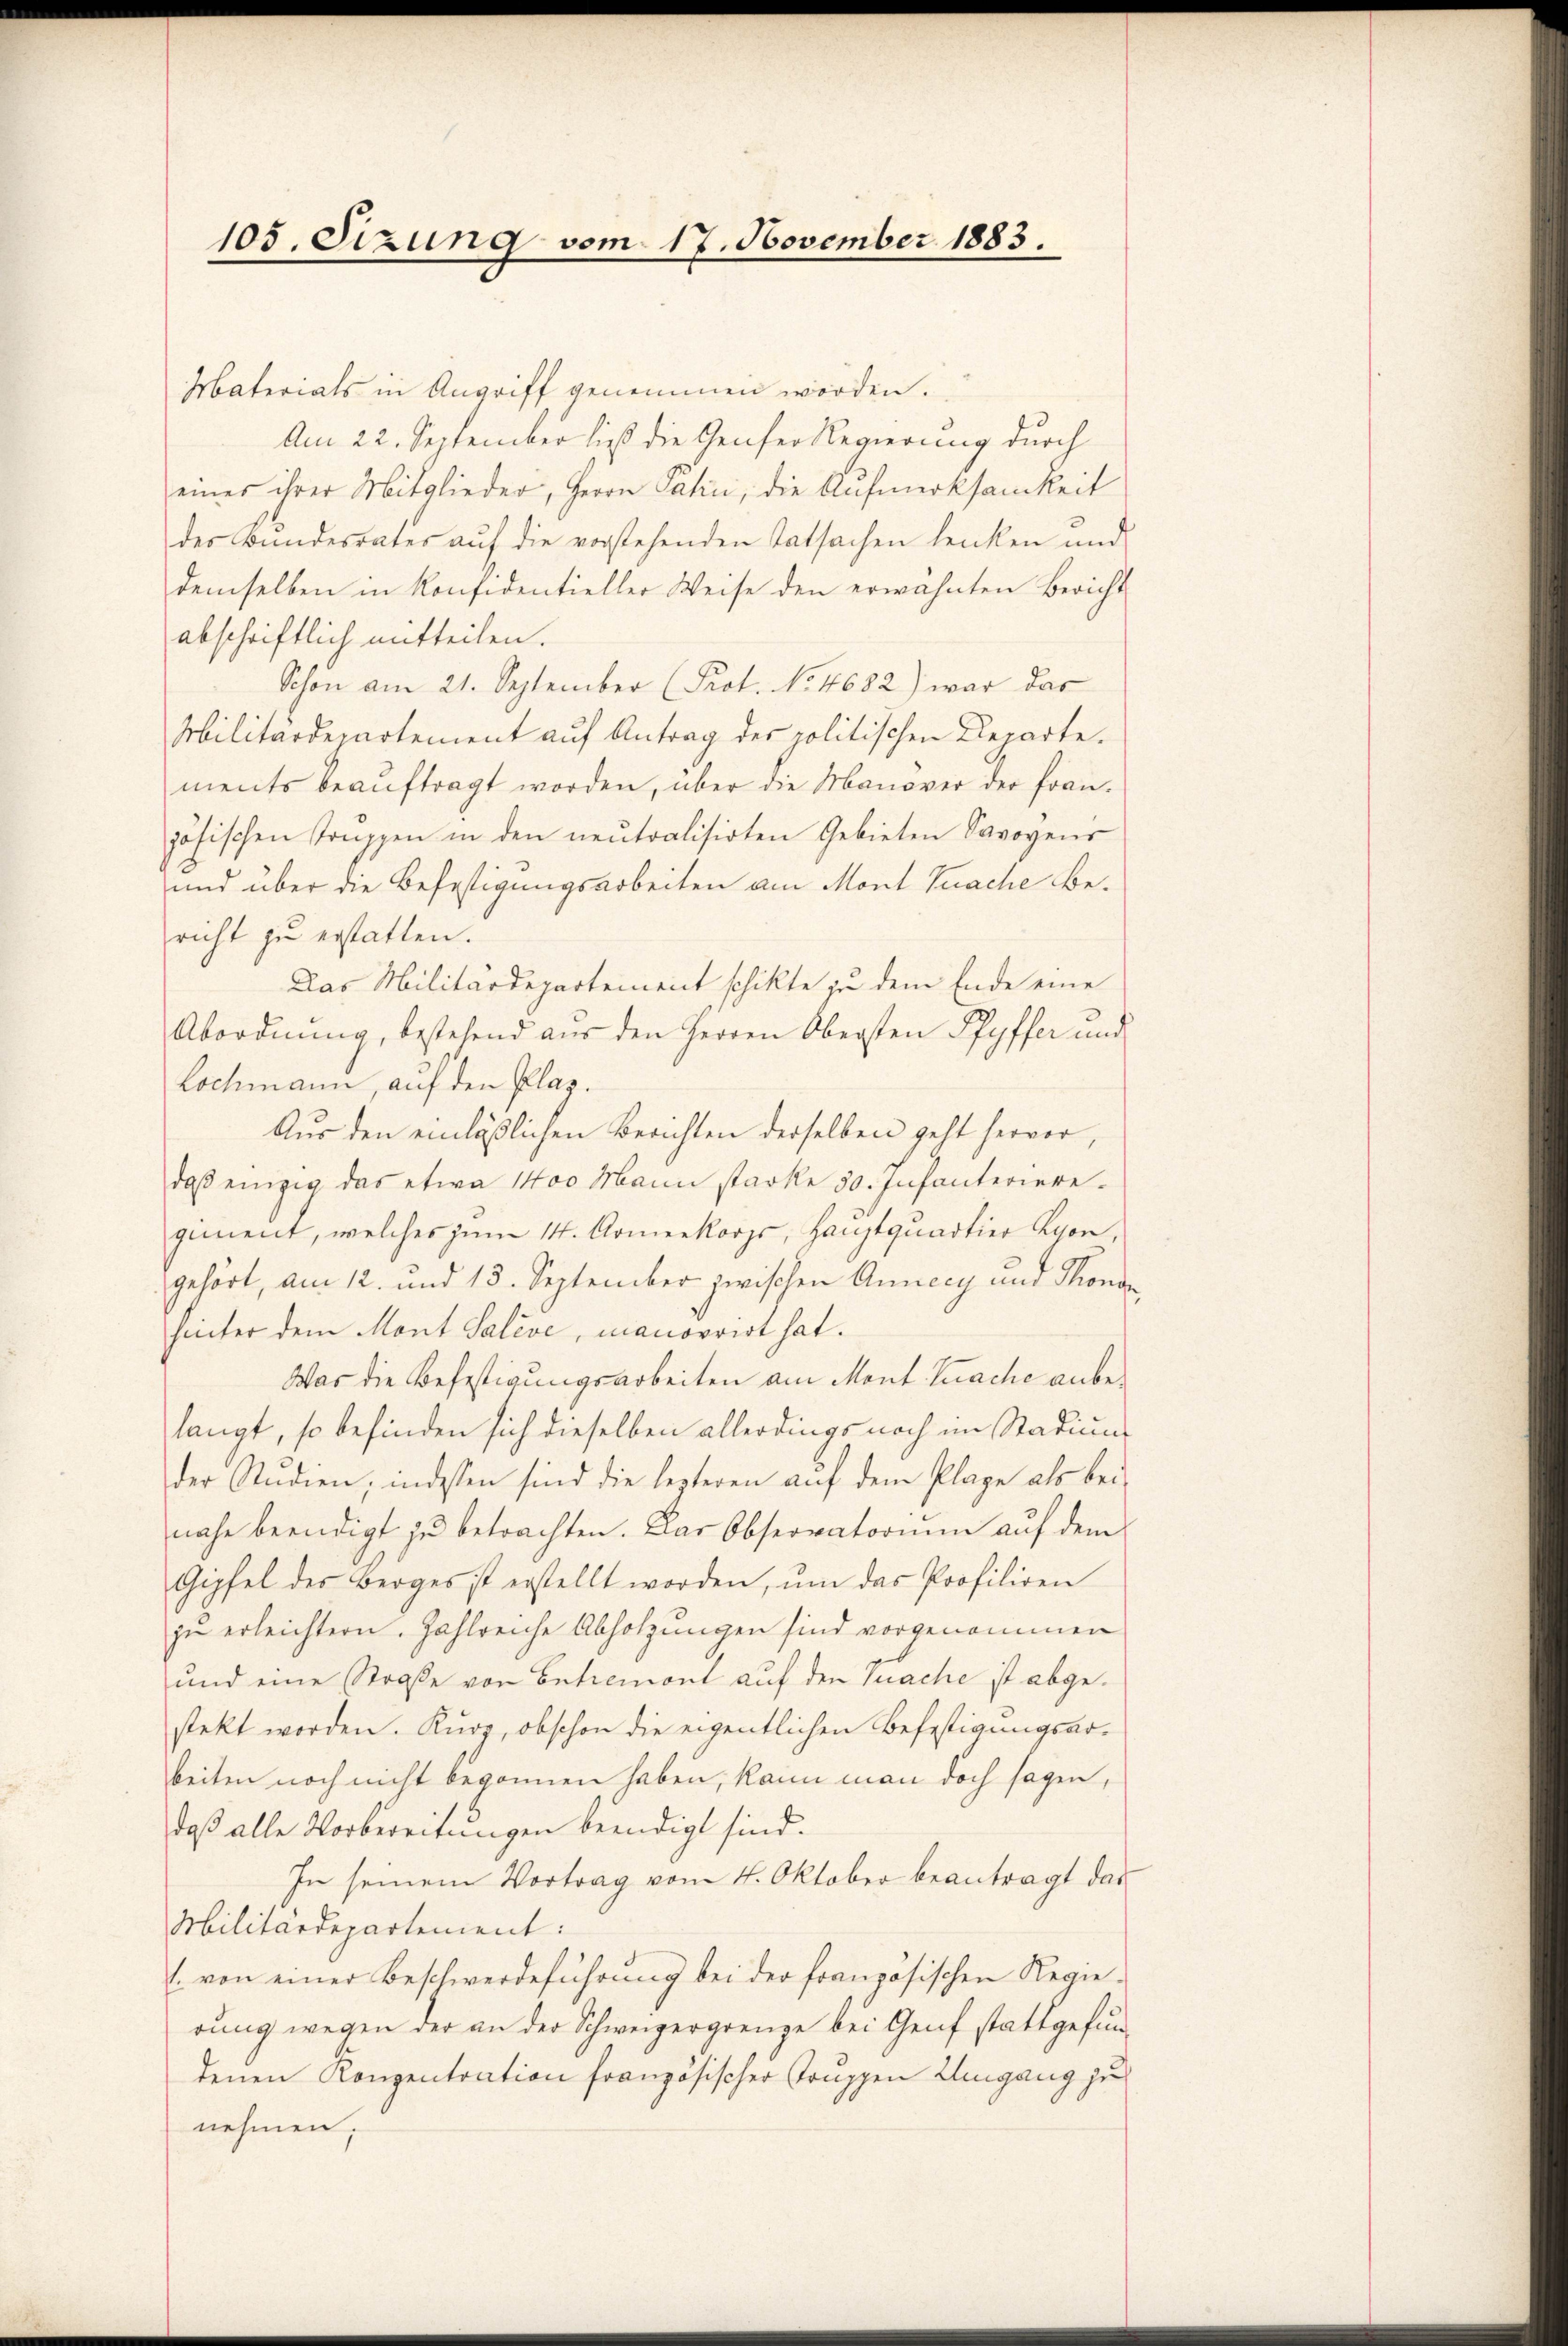
105. Sizung vom 17. November 1883.

Materials in Angriff genommen worden.
Am 22. Sectember ließ die Genfer Regierung durch
eines ihrer Mitglieder, Herrn Jahni, die Aufmerksamkeit
des Bundesrates aŭf die vorstehenden Tatsachen lenken und
demselben in Konfidentieller Weise den erwähnten Bericht
abschriftlich mitteilen.
Schon am 21. September (Prot. No 4682) war das
Militärdepartement auf Antrag der politischen Departe.
ments beaŭftragt worden, über die Manover der fran-
jösischen Truppen in den neutralisirten Gebieten Savoyens
und über die Befestigungsarbeiten am Mont Kuache Bericht zu erstatten.
Das Militärdepartement schikte zu dem Ende eine
Abordnung, bestehend aus den Herren Obersten Pfyffer und
Lochmann, auf den Plaz.
Aus den einläßlichen Berichten derselben geht hervor,
daβ einzig das etwa 1400 Mann starke 30. Infanterieregiment, welches zŭm 14. Armeekorps, Hauptquartier Kron,
gehört, am 12. und 13. September zwischen Anneey und Thonda
hinter dem Mont Salive, manorrirt hat.
Was die Befestigungsarbeiten am Mont trache anbelangt, so befinden sich dieselben allerdings noch im Stadium
der Studien, indessen sind die lezteren auf dem Plage als bei
nahe beendigt zu betrachten. Das Observatorium auf dem
Gipfel des Berges ist erstellt worden, ŭm das Profiliren
zu erleichtern. Zahlreiche Abholzungen sind vorgenommen
und eine Straße von Entremont auf den Sache ist abgestekt worden. Kurz, obschon die eigentlichen Befestigungsarbeiten noch nicht begonnen haben, kann man doch sagen,
daß alle Vorbereitungen beendigt sind.
In seinem Vortrag vom 4. Oktober beantragt das
Militärdepartement:
1. von einer Beschwerdeführung bei der französischen Regierung wegen der an der Schweizergrenze bei Genf stattgefundenen Konzentration französischer Truppen Umgang zu
nehmen.